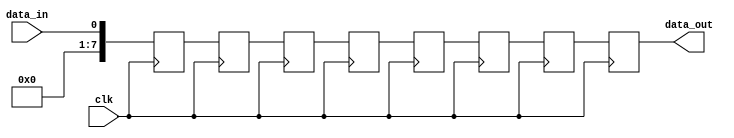
module shift_register (
  input clk,
  input data_in,
  output reg [7:0] data_out
);

reg [7:0] shift_reg [7:0];
integer i;

always @(posedge clk) begin
  for (i = 7; i > 0; i = i - 1) begin
    shift_reg[i] <= shift_reg[i-1];
  end
  shift_reg[0] <= data_in;
end

assign data_out = shift_reg[7];

endmodule